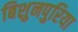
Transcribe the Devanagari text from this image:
बिशुनपुरिया